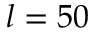
l = 5 0